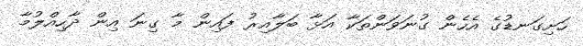
ހަށިގަނޑުގެ އެހެން ގުނަވަންތަކާ އަޅާ ބަލާއިރު ފައިން މާ ގިނަ އިން ދާހިއްލުމާ